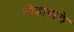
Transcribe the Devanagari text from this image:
टोड़ावाले